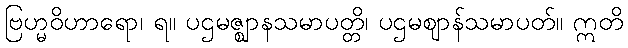
ဗြဟ္မဝိဟာရော၊ ရ။ ပဌမဇ္ဈာနသမာပတ္တိ၊ ပဌမဈာန်သမာပတ်။ ဣတိ